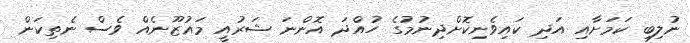
ނުލިބި ކަމަށާއި އަދި ކައިވެނިކޮށްދިނުމުގެ ހުއްދަ އޮންނަ ޝަރުއީ މައުޒޫނެއް ވެސް ނެތިކަން